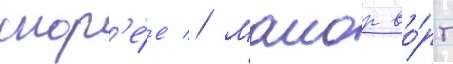
скор'е́е // Маиор во́рт